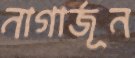
নাগার্জূন